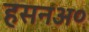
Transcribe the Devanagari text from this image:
हसनअ०